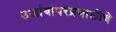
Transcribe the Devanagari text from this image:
उर्जावापरप्रणालीचे